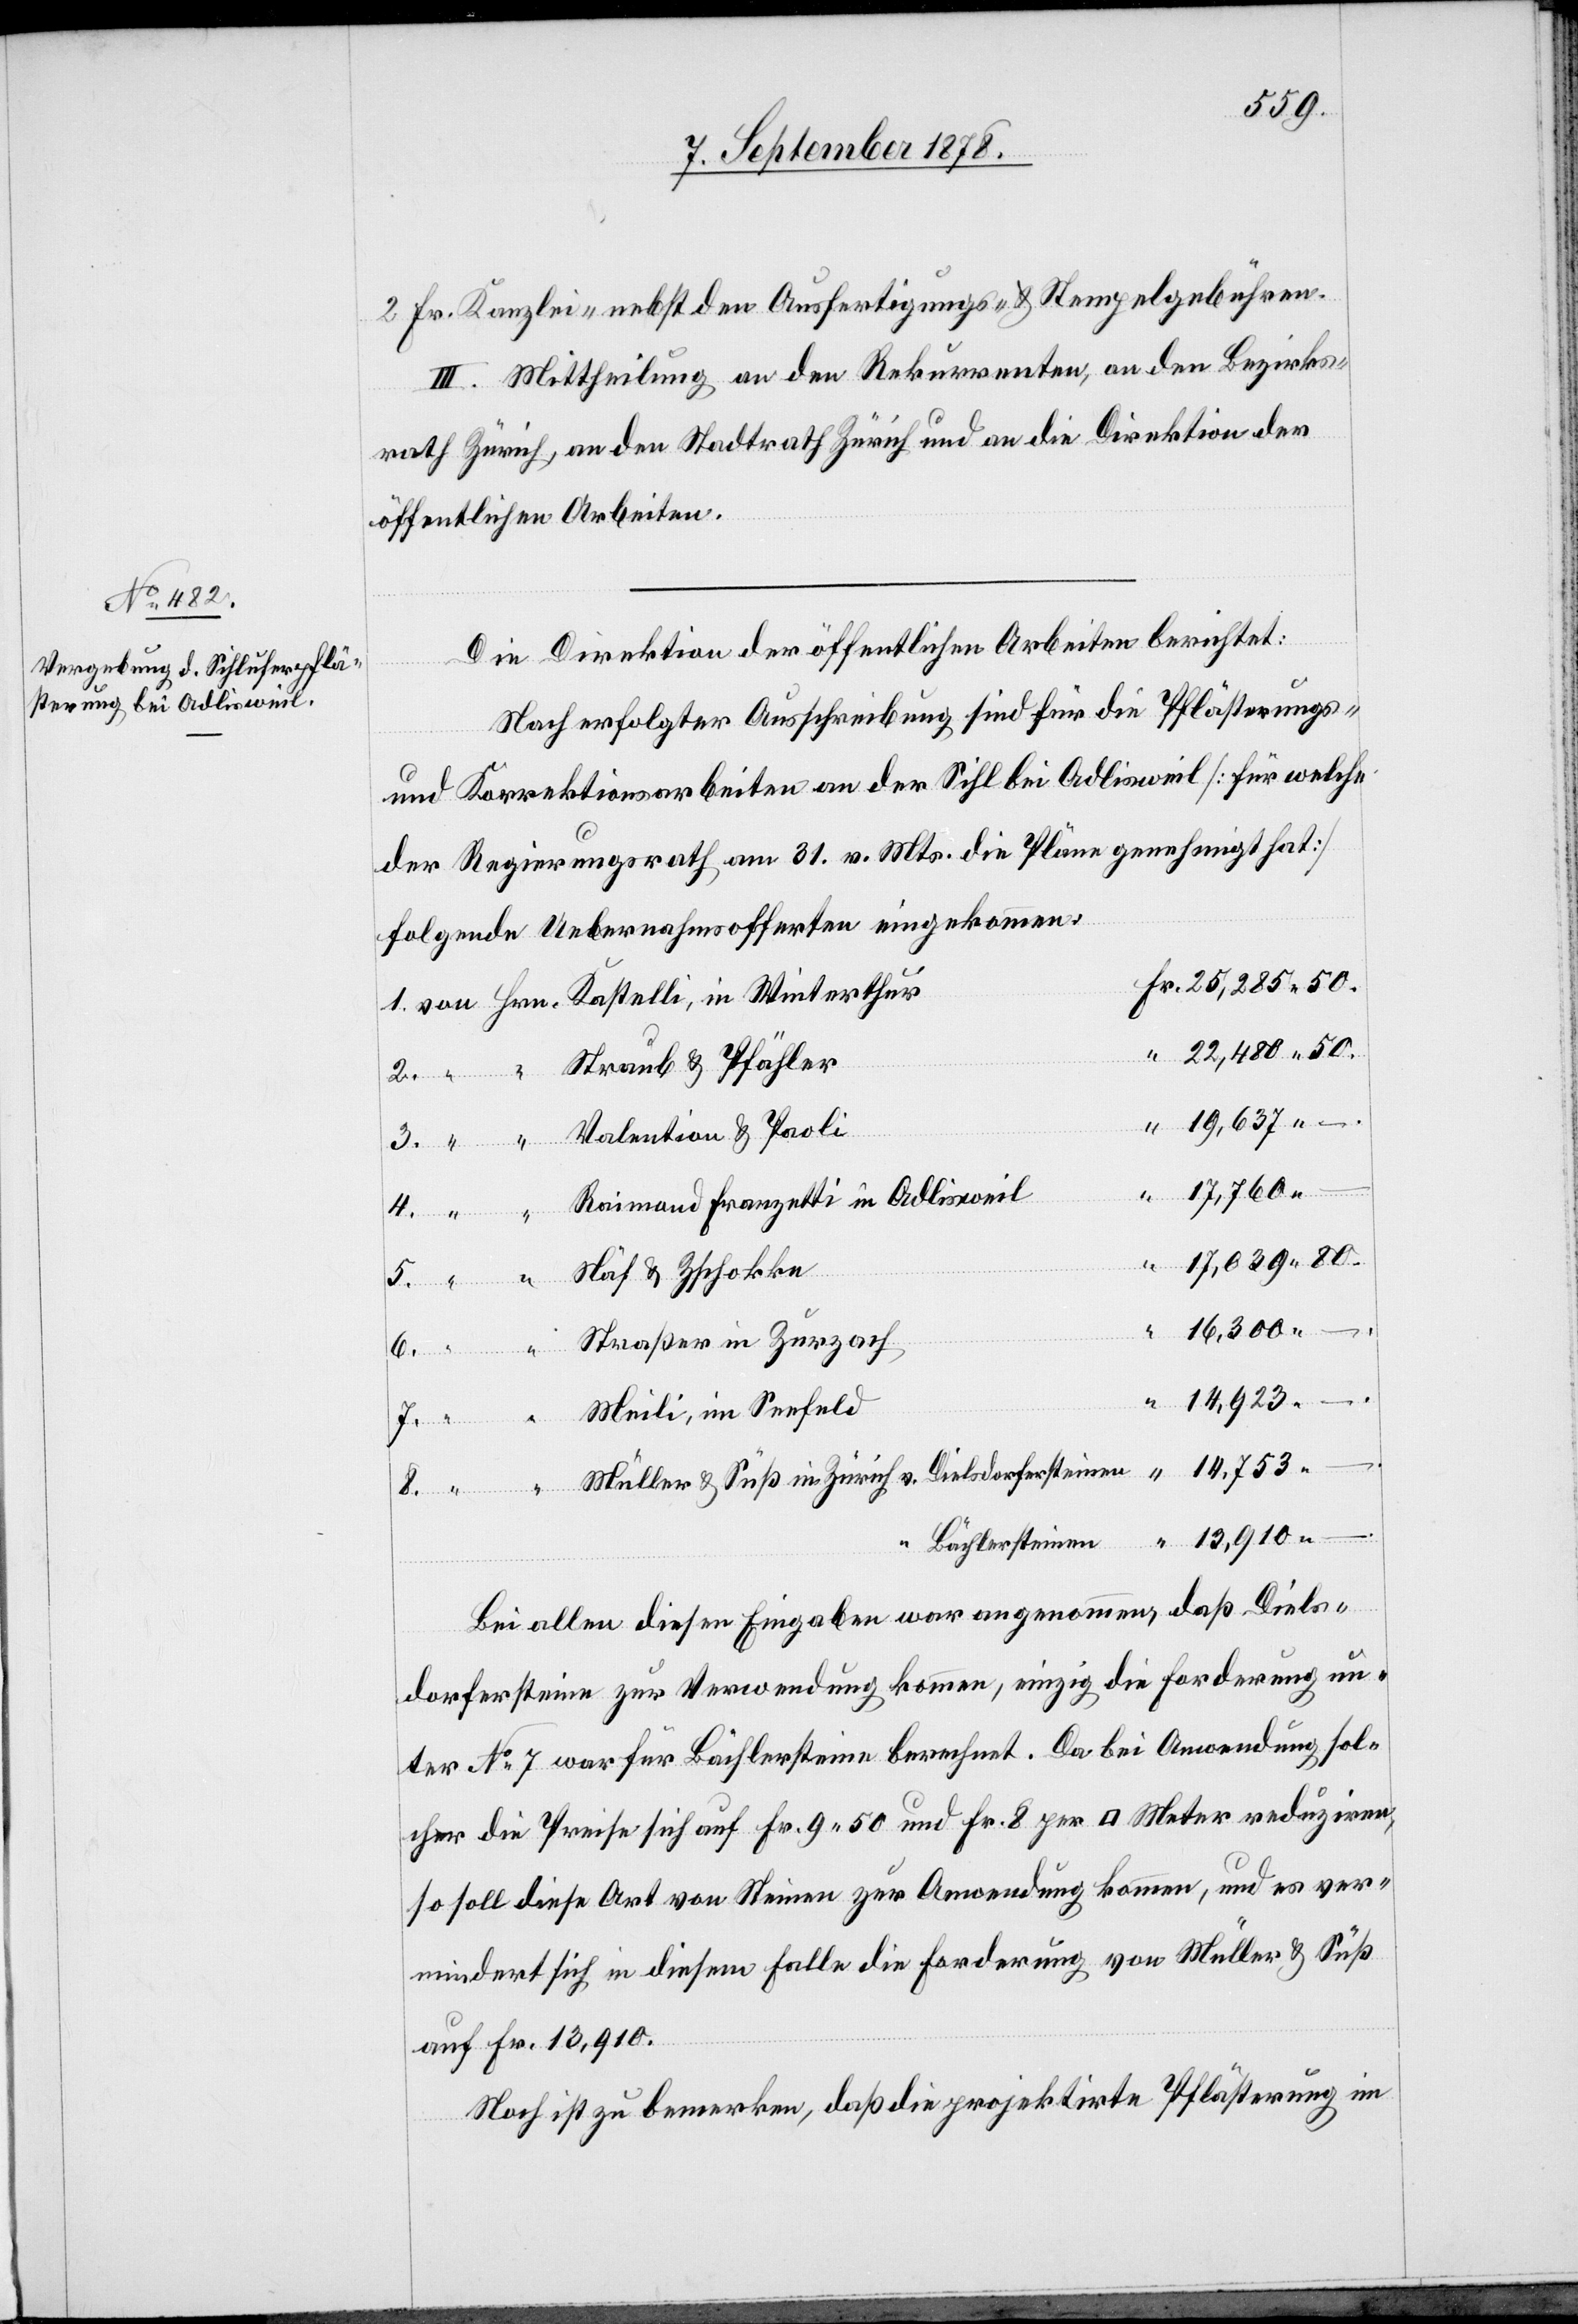
2 Fr. Kanzlei- nebst den Ausfertigungs- & Stempelgebühren.
III. Mittheilung an den Rekurrenten, an den Bezirks¬
rath Zürich, an den Stadtrath und an die Direktion der
öffentlichen Arbeiten.
Die Direktion der öffentlichen Arbeiten berichtet:
Nach erfolgter Ausschreibung sind für die Pflästerungs-
und Korrektionsarbeiten an der Sihl bei Adlisweil [für welche
der Regierungsrath am 31. v. Mts. die Pläne genehmigt hat]
folgende Uebernahmsofferten eingekommen:
8.
Straub & Pfähler
19,637
Valention & Paoli
Raimond Franzetti in Adlisweil
Näf & Zschokke
Kastelli, in Winter¬
–.
16,300
“
14,923
–.
Meili, im Seefeld
“
14,753
Müller & Süß in Zürich v. Dielsdorfersteinen
13,910
Bächlersteinen
Bei allen diesen Eingaben war angenommen, daß Diels¬
dorfersteine zur Verwendung kommen, einzige die Forderung un¬
ter No 7 war für Bächlersteine berechnet. Da bei Anwendung sol¬
cher die Preise sich auf Fr. 9 50 und Fr. 8 per [Quadrat] Meter reduziren,
so soll diese Art von Steinen zur Anwendung kommen, und es ver¬
mindert sich in diesem Falle die Forderung von Müller & Süß
auf Fr. 13,910.
Noch ist zu bemerken, daß die projektirte Pflästerung im